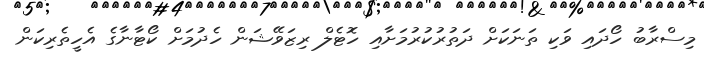
މިސްރާބު ހޯދައި ވަކި ތަނަކަށް ދަތުރުކުރުމަށާއި ހޮޓެލް ރިޒަވޭޝަން ހެދުމަށް ކޯޓާނާގެ އެހީތެރިކަން